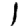
Digit: 1